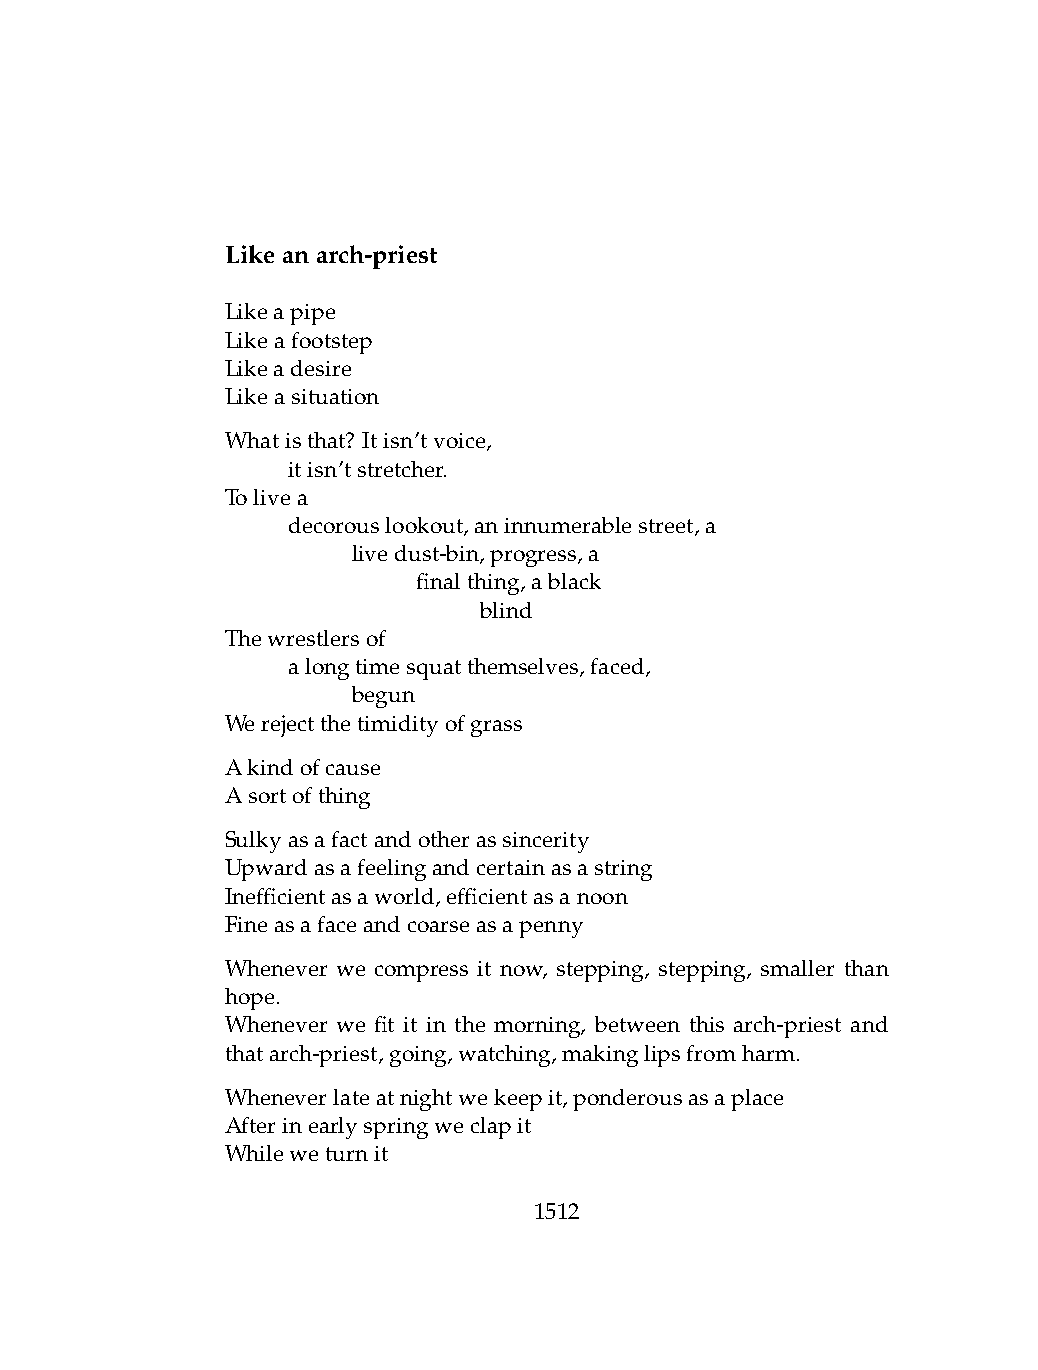
Likeanarch-priest
 Likeapipe
 Likeafootstep
 Likeadesire
 Likeasituation
 Whatisthat? Itisn’tvoice,
 .   itisn’tstretcher.
 Tolivea
 .   decorouslookout,aninnumerablestreet,a
 .   .   livedust-bin,progress,a
 .   .   .    finalthing,ablack
 .   .   .    .   blind
 Thewrestlersof
 .   alongtimesquatthemselves,faced,
 .   .   begun
 Werejectthetimidityofgrass
 Akindofcause
 Asortofthing
 Sulkyasafactandotherassincerity
 Upwardasafeelingandcertainasastring
 Inefficientasaworld,efficientasanoon
 Fineasafaceandcoarseasapenny
 Whenever we compress it now, stepping, stepping, smaller than
 hope.
 Whenever we fit it in the morning, between this arch-priest and
 thatarch-priest,going,watching,makinglipsfromharm.
 Wheneverlateatnightwekeepit,ponderousasaplace
 Afterinearlyspringweclapit
 Whileweturnit
 1512